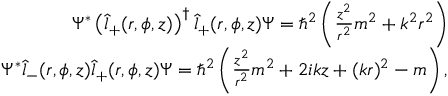
\begin{array} { r } { \Psi ^ { * } \left( \hat { l } _ { + } ( r , \phi , z ) \right) ^ { \dagger } \hat { l } _ { + } ( r , \phi , z ) \Psi = \hbar ^ { 2 } \left( \frac { z ^ { 2 } } { r ^ { 2 } } m ^ { 2 } + k ^ { 2 } r ^ { 2 } \right) } \\ { \Psi ^ { * } \hat { l } _ { - } ( r , \phi , z ) \hat { l } _ { + } ( r , \phi , z ) \Psi = \hbar ^ { 2 } \left( \frac { z ^ { 2 } } { r ^ { 2 } } m ^ { 2 } + 2 i k z + ( k r ) ^ { 2 } - m \right) , } \end{array}